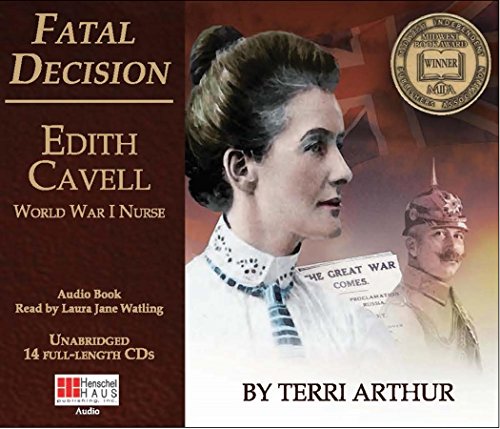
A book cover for Fatal Decision: Edith Cavell, World War I Nurse; Terri Arthur; Literature & Fiction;